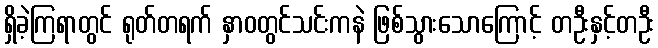
ရှိခဲ့ကြရာတွင် ရုတ်တရက် နှာဝတွင်သင်းကနဲ ဖြစ်သွားသောကြောင့် တဦးနှင့်တဦး